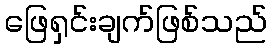
ဖြေရှင်းချက်ဖြစ်သည်